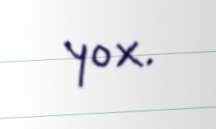
yox.